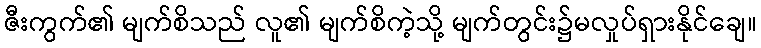
ဇီးကွက်၏ မျက်စိသည် လူ၏ မျက်စိကဲ့သို့ မျက်တွင်း၌မလှုပ်ရှားနိုင်ချေ။